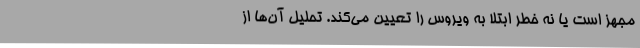
مجهز است یا نه خطر ابتلا به ویروس را تعیین می‌کند. تحلیل آن‌ها از